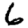
Digit: 6